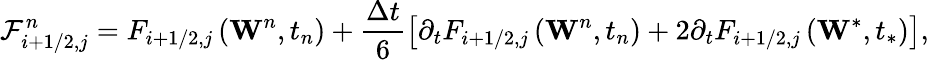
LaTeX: \mathcal{F}_{i+1/2,j}^{n}={{F}_{i+1/2,j}}\left({{\mathbf{W}}^{n}},{{t}_{n}}\right)+\frac{\Delta t}{6}\left[{{\partial}_{t}}{{F}_{i+1/2,j}}\left({{\mathbf{W}}^{n}},{{t}_{n}}\right)+2{{\partial}_{t}}{{F}_{i+1/2,j}}\left({{\mathbf{W}}^{*}},{{t}_{*}}\right)\right],